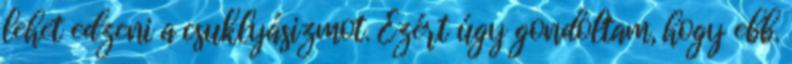
lehet edzeni a csuklyásizmot. Ezért úgy gondoltam, hogy ebb.